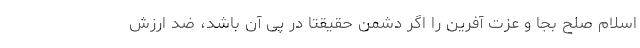
اسلام صلح بجا و عزت آفرین را اگر دشمن حقیقتاً در پی آن باشد، ضد ارزش